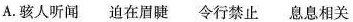
A.骇人听闻 迫在眉睫 令行禁止 息息相关